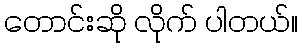
တောင်းဆို လိုက် ပါတယ်။